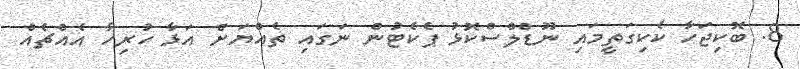
8. ބޮކިޖަހާ ކެކިގަތީމައި ނޫޑްލްސްކޮޅު ޕެކެޓުން ނަގައި ތެއްޔަށް އަޅާ ހުރިހާ އެއްޗެއް